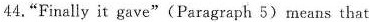
4,"Finally it gave"(Paragraph 5) means that